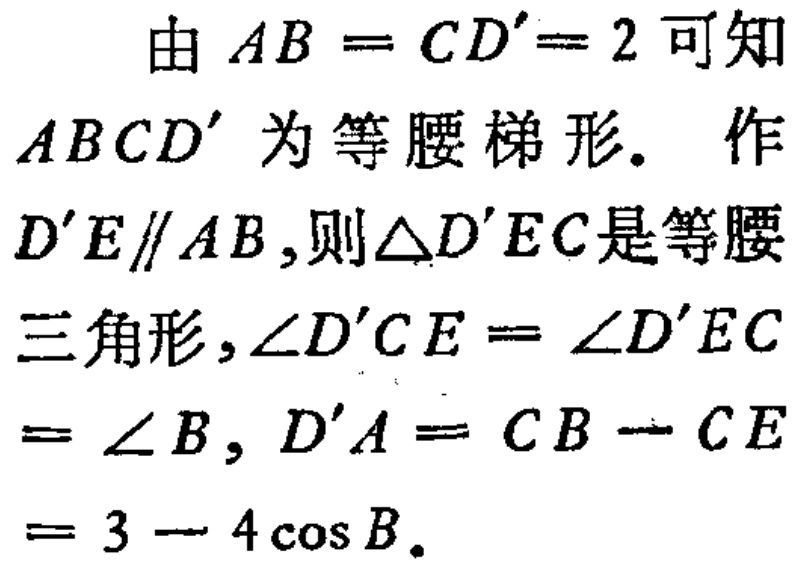
由 \(AB = CD' = 2\) 可知

\(ABCD'\) 为等腰梯形. 作

\(D'E\parallel AB\),则\(\triangle D'EC\)是等腰

三角形,\(\angle D'CE = \angle D'EC\)

\(= \angle B\), \(D'A = CB - CE\)

\(= 3 - 4\cos B\).